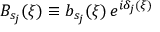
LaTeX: B _ { s _ { j } } ( \xi ) \equiv b _ { s _ { j } } ( \xi ) \, e ^ { i \delta _ { j } ( \xi ) }